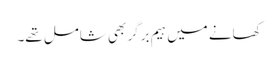
کھانے میں ہیم برگر بھی شامل تھے۔